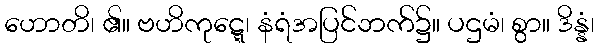
ဟောတိ၊ ၏။ ဗဟိကုဋ္ဋေ၊ နံရံအပြင်ဘက်၌။ ပဌမံ၊ စွာ။ ဒိန္နံ၊